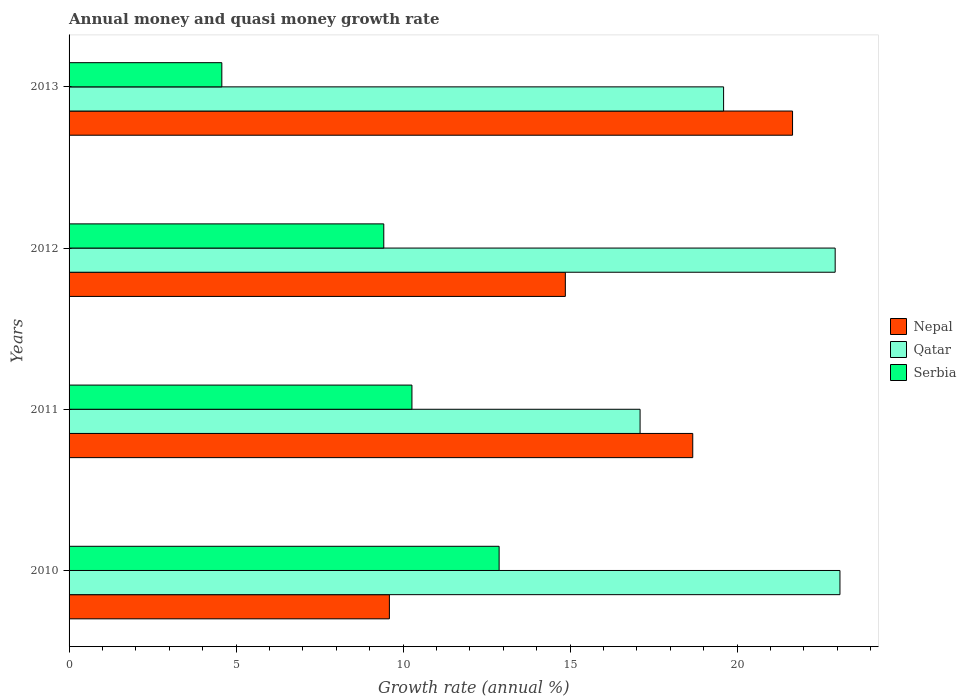
| Years | Nepal | Qatar | Serbia |
 | --- | --- | --- | --- |
 | 2010 | 9.59 | 23.1 | 12.9 |
 | 2011 | 18.7 | 17.1 | 10.3 |
 | 2012 | 14.9 | 22.9 | 9.42 |
 | 2013 | 21.7 | 19.6 | 4.57 |